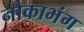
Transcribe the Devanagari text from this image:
नौकाभंग